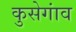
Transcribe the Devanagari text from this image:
कुसेगांव